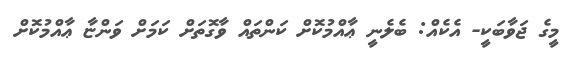
މީގެ ޖަވާބަކީ- އެކެއް: ބެލެނީ ޢާއްމުކޮށް ކަންތައް ވާގޮތަށް ކަމަށް ވަންޏާ ޢާއްމުކޮށް